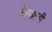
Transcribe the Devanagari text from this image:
नेत्रपल्लवी